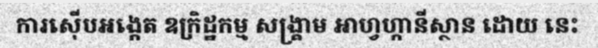
ការស៊ើបអង្កេត ឧក្រិដ្ឋកម្ម សង្គ្រាម អាហ្វហ្កានីស្ថាន ដោយ នេះ